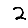
Digit: 2